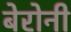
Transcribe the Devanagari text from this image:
बेरोनी